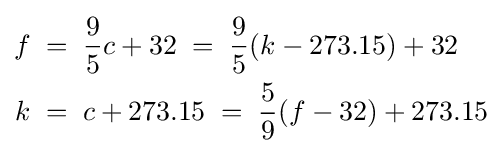
{\begin{aligned}f\;&=\;{\frac {9}{5}}c+32\;=\;{\frac {9}{5}}(k-273.15)+32\\k\;&=\;c+273.15\;=\;{\frac {5}{9}}(f-32)+273.15\end{aligned}}